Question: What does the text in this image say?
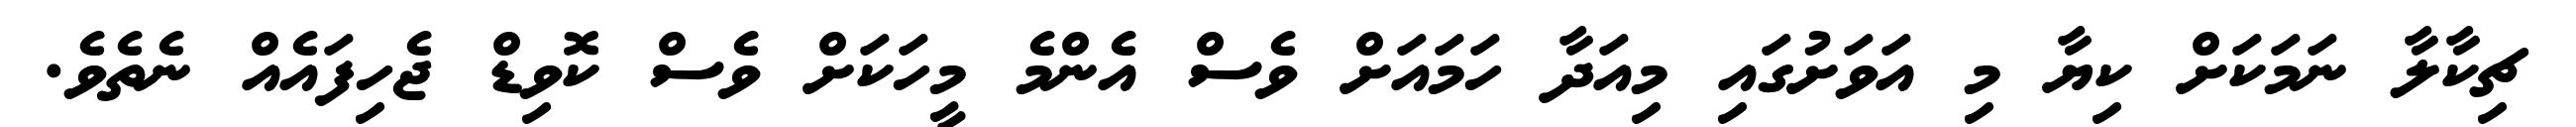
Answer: ޗިކާލާ ނަމަކަށް ކިޔާ މި އަވަށުގައި މިއަދާ ހަމައަށް ވެސް އެންމެ މީހަކަށް ވެސް ކޮވިޑް ޖެހިފައެއް ނެތެވެ.